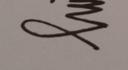
Signature authenticity: genuine